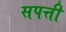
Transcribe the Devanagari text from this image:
सपत्ती